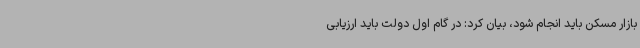
بازار مسکن باید انجام شود، بیان کرد: در گام اول دولت باید ارزیابی